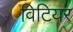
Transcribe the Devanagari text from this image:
विटियर